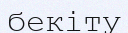
бекіту